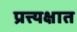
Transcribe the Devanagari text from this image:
प्रत्त्यक्षात